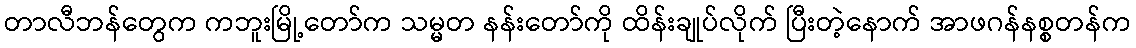
တာလီဘန်တွေက ကဘူးမြို့တော်က သမ္မတ နန်းတော်ကို ထိန်းချုပ်လိုက် ပြီးတဲ့နောက် အာဖဂန်နစ္စတန်က